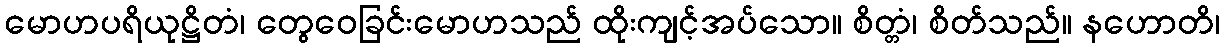
မောဟပရိယုဋ္ဌိတံ၊ တွေဝေခြင်းမောဟသည် ထိုးကျင့်အပ်သော။ စိတ္တံ၊ စိတ်သည်။ နဟောတိ၊